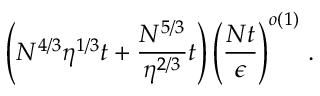
\left( N ^ { 4 / 3 } \eta ^ { 1 / 3 } t + \frac { N ^ { 5 / 3 } } { \eta ^ { 2 / 3 } } t \right) \left( \frac { N t } { \epsilon } \right) ^ { o \left( 1 \right) } \, .